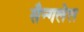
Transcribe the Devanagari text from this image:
सैन्गलेल